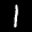
Label: 1